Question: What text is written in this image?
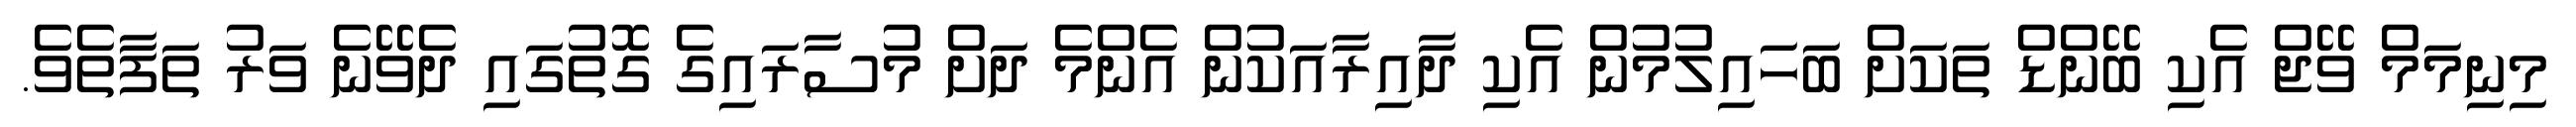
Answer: މިނިމަމް ވޭޖް އެކި ބޭންޑް ތަކަށް ބަހައިލުމުން އެކި ދާއިރާއަކުން އެންމެ ދަށް މުސާރައިގެ ގޮތުގައި ދެވޭނެ ވަރު ތަފާތެވެ.